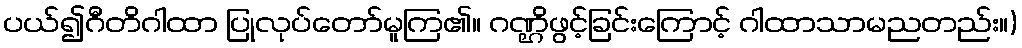
ပယ်၍ဂီတိဂါထာ ပြုလုပ်တော်မူကြ၏။ ဂဏ္ဌိဖွင့်ခြင်းကြောင့် ဂါထာသာမညတည်း။)